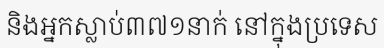
និងអ្នកស្លាប់៣៧១នាក់ នៅក្នុងប្រទេស